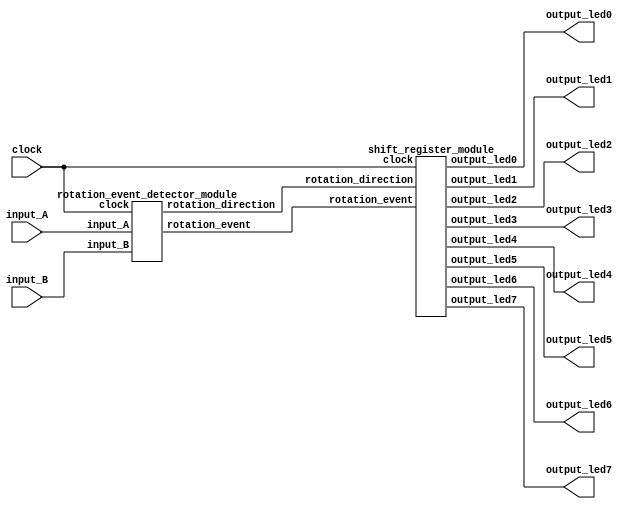
`timescale 1ns / 1ps

module rotary_encoder_module(clock, input_A, input_B, output_led0,
output_led1, output_led2, output_led3, output_led4, output_led5,
output_led6, output_led7);
    input clock; // Input clock signal
    input input_A; // Input signal A from the encoder
    input input_B; // Input signal B from the encoder
    output output_led0; // Output LED 0
    output output_led1; // Output LED 1
    output output_led2; // Output LED 2
    output output_led3; // Output LED 3
    output output_led4; // Output LED 4
    output output_led5; // Output LED 5
    output output_led6; // Output LED 6
    output output_led7; // Output LED 7
    wire output_led0; // Internal wire for LED 0
    wire output_led1; // Internal wire for LED 1
    wire output_led2; // Internal wire for LED 2
    wire output_led3; // Internal wire for LED 3
    wire output_led4; // Internal wire for LED 4
    wire output_led5; // Internal wire for LED 5
    wire output_led6; // Internal wire for LED 6
    wire output_led7; // Internal wire for LED 7
    wire rotation_event; // Signal indicating a rotation event
    wire rotation_direction; // Signal indicating the direction of rotation

    // Instantiate rotation event detector module
    rotation_event_detector_module RED(clock, input_A, input_B,
rotation_event, rotation_direction);
    // Instantiate shift register module
    shift_register_module SR(clock, rotation_event, rotation_direction,
output_led0, output_led1, output_led2, output_led3, output_led4,
output_led5, output_led6, output_led7);
endmodule

// Module for detecting rotation events and direction
module rotation_event_detector_module(clock, input_A, input_B,
rotation_event, rotation_direction);
    input clock; // Input clock signal
    input input_A; // Input signal A from the encoder
    input input_B; // Input signal B from the encoder
    output rotation_event; // Output signal indicating a rotation event
    output rotation_direction; // Output signal indicating the direction of rotation
    reg rotation_event; // Internal register for rotation event
    reg rotation_direction; // Internal register for rotation direction

    // Logic to detect rotation events and direction
    always @(posedge clock) begin
        case ({input_A, input_B})
            2'b00: begin
                rotation_event <= 0; // No rotation event
            end
            2'b01: begin
                rotation_direction <= 1; // Clockwise rotation
            end
            2'b10: begin
                rotation_direction <= 0; // Counterclockwise rotation
            end
            2'b11: begin
                rotation_event <= 1; // Rotation event detected
            end
        endcase
    end
endmodule

// Module for the shift register functionality
module shift_register_module(clock, rotation_event, rotation_direction,
output_led0, output_led1, output_led2, output_led3, output_led4,
output_led5, output_led6, output_led7);
    input clock; // Input clock signal
    input rotation_event; // Input signal indicating a rotation event
    input rotation_direction; // Input signal indicating the direction of rotation
    output reg output_led0; // Output LED 0
    output reg output_led1; // Output LED 1
    output reg output_led2; // Output LED 2
    output reg output_led3; // Output LED 3
    output reg output_led4; // Output LED 4
    output reg output_led5; // Output LED 5
    output reg output_led6; // Output LED 6
    output reg output_led7; // Output LED 7
    reg previous_rotation_event; // Internal register for previous rotation event

    // Logic to shift LEDs based on rotation events and direction
    always @(posedge clock) begin
        if (previous_rotation_event == 0 && rotation_event == 1) begin
            if (rotation_direction == 1) begin
                output_led1 <= output_led0;
                output_led2 <= output_led1;
                output_led3 <= output_led2;
                output_led4 <= output_led3;
                output_led5 <= output_led4;
                output_led6 <= output_led5;
                output_led7 <= output_led6;
                output_led0 <= output_led7;
            end
            else begin
                output_led0 <= output_led1;
                output_led1 <= output_led2;
                output_led2 <= output_led3;
                output_led3 <= output_led4;
                output_led4 <= output_led5;
                output_led5 <= output_led6;
                output_led6 <= output_led7;
                output_led7 <= output_led0;
            end
        end
    end
endmodule